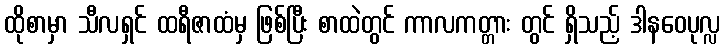
ထိုစာမှာ သီလရှင် ထရီဇာထံမှ ဖြစ်ပြီး စာထဲတွင် ကာလကတ္တား တွင် ရှိသည့် ဒါနဝေပုလ္လ